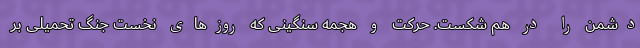
دشمن را در هم شکست. حرکت و هجمه سنگینی که روزهای نخست جنگ تحمیلی بر